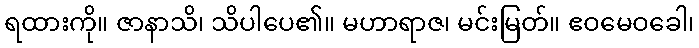
ရထားကို။ ဇာနာသိ၊ သိပါပေ၏။ မဟာရာဇ၊ မင်းမြတ်။ ဧဝမေဝခေါ၊